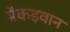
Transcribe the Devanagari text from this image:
मैकइवान